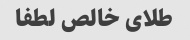
طلای خالص لطفا